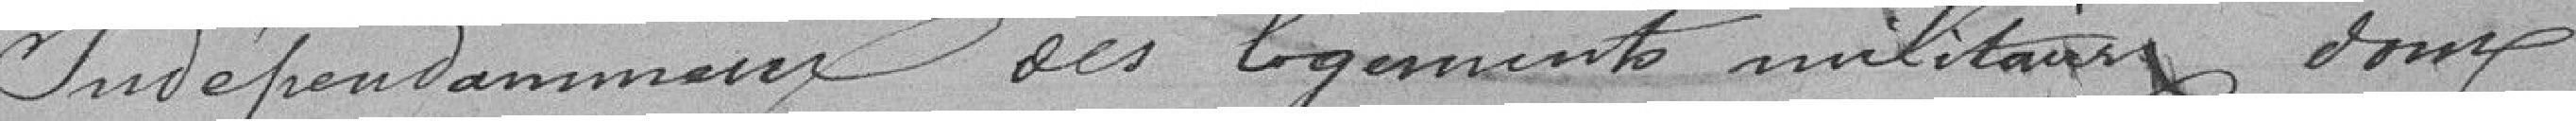
Indépendamment des logements militaires, dont